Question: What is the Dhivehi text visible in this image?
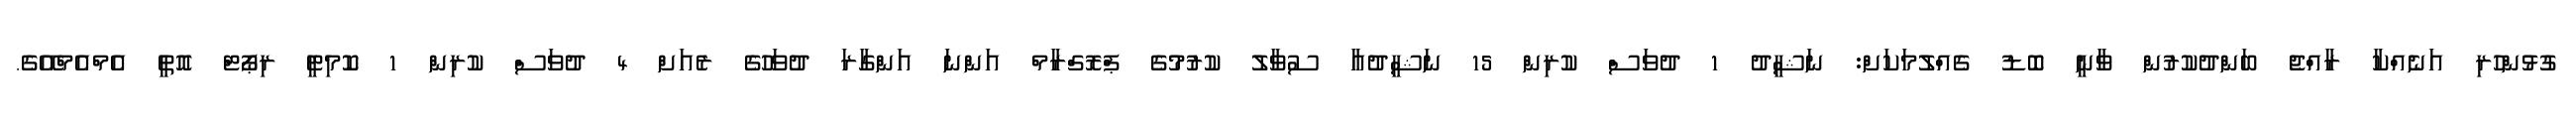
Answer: ގުޅުންހުރި އަނެއްކާ ރާއްޖެ ބަންދުކުރުން ވާނީ ބޮޑު ގެއްލުމަކަށް: ނަޝީދު 1 ދުވަސް ކުރިން 15 ނަޝީދުއާ ސުވާލު ކުރުމުގެ ޕްރޮގްރާމް އަންނަ އަންގާރަ ދުވަހުގެ ރެއަށް 4 ދުވަސް ކުރިން 1 ކޮމިޓީ ރިޕޯޓް އޮތީ އެމްއެމްއޭގެ.